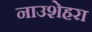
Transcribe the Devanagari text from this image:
नाउशेहरा